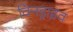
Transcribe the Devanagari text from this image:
विनड्राइव